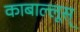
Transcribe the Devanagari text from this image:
काबाल्लूस्